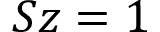
S z = 1